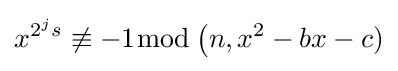
x^{2^{j}s}\not \equiv -1{\bmod {\,}}{\big (}n,x^{2}-bx-c)